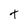
Character: t